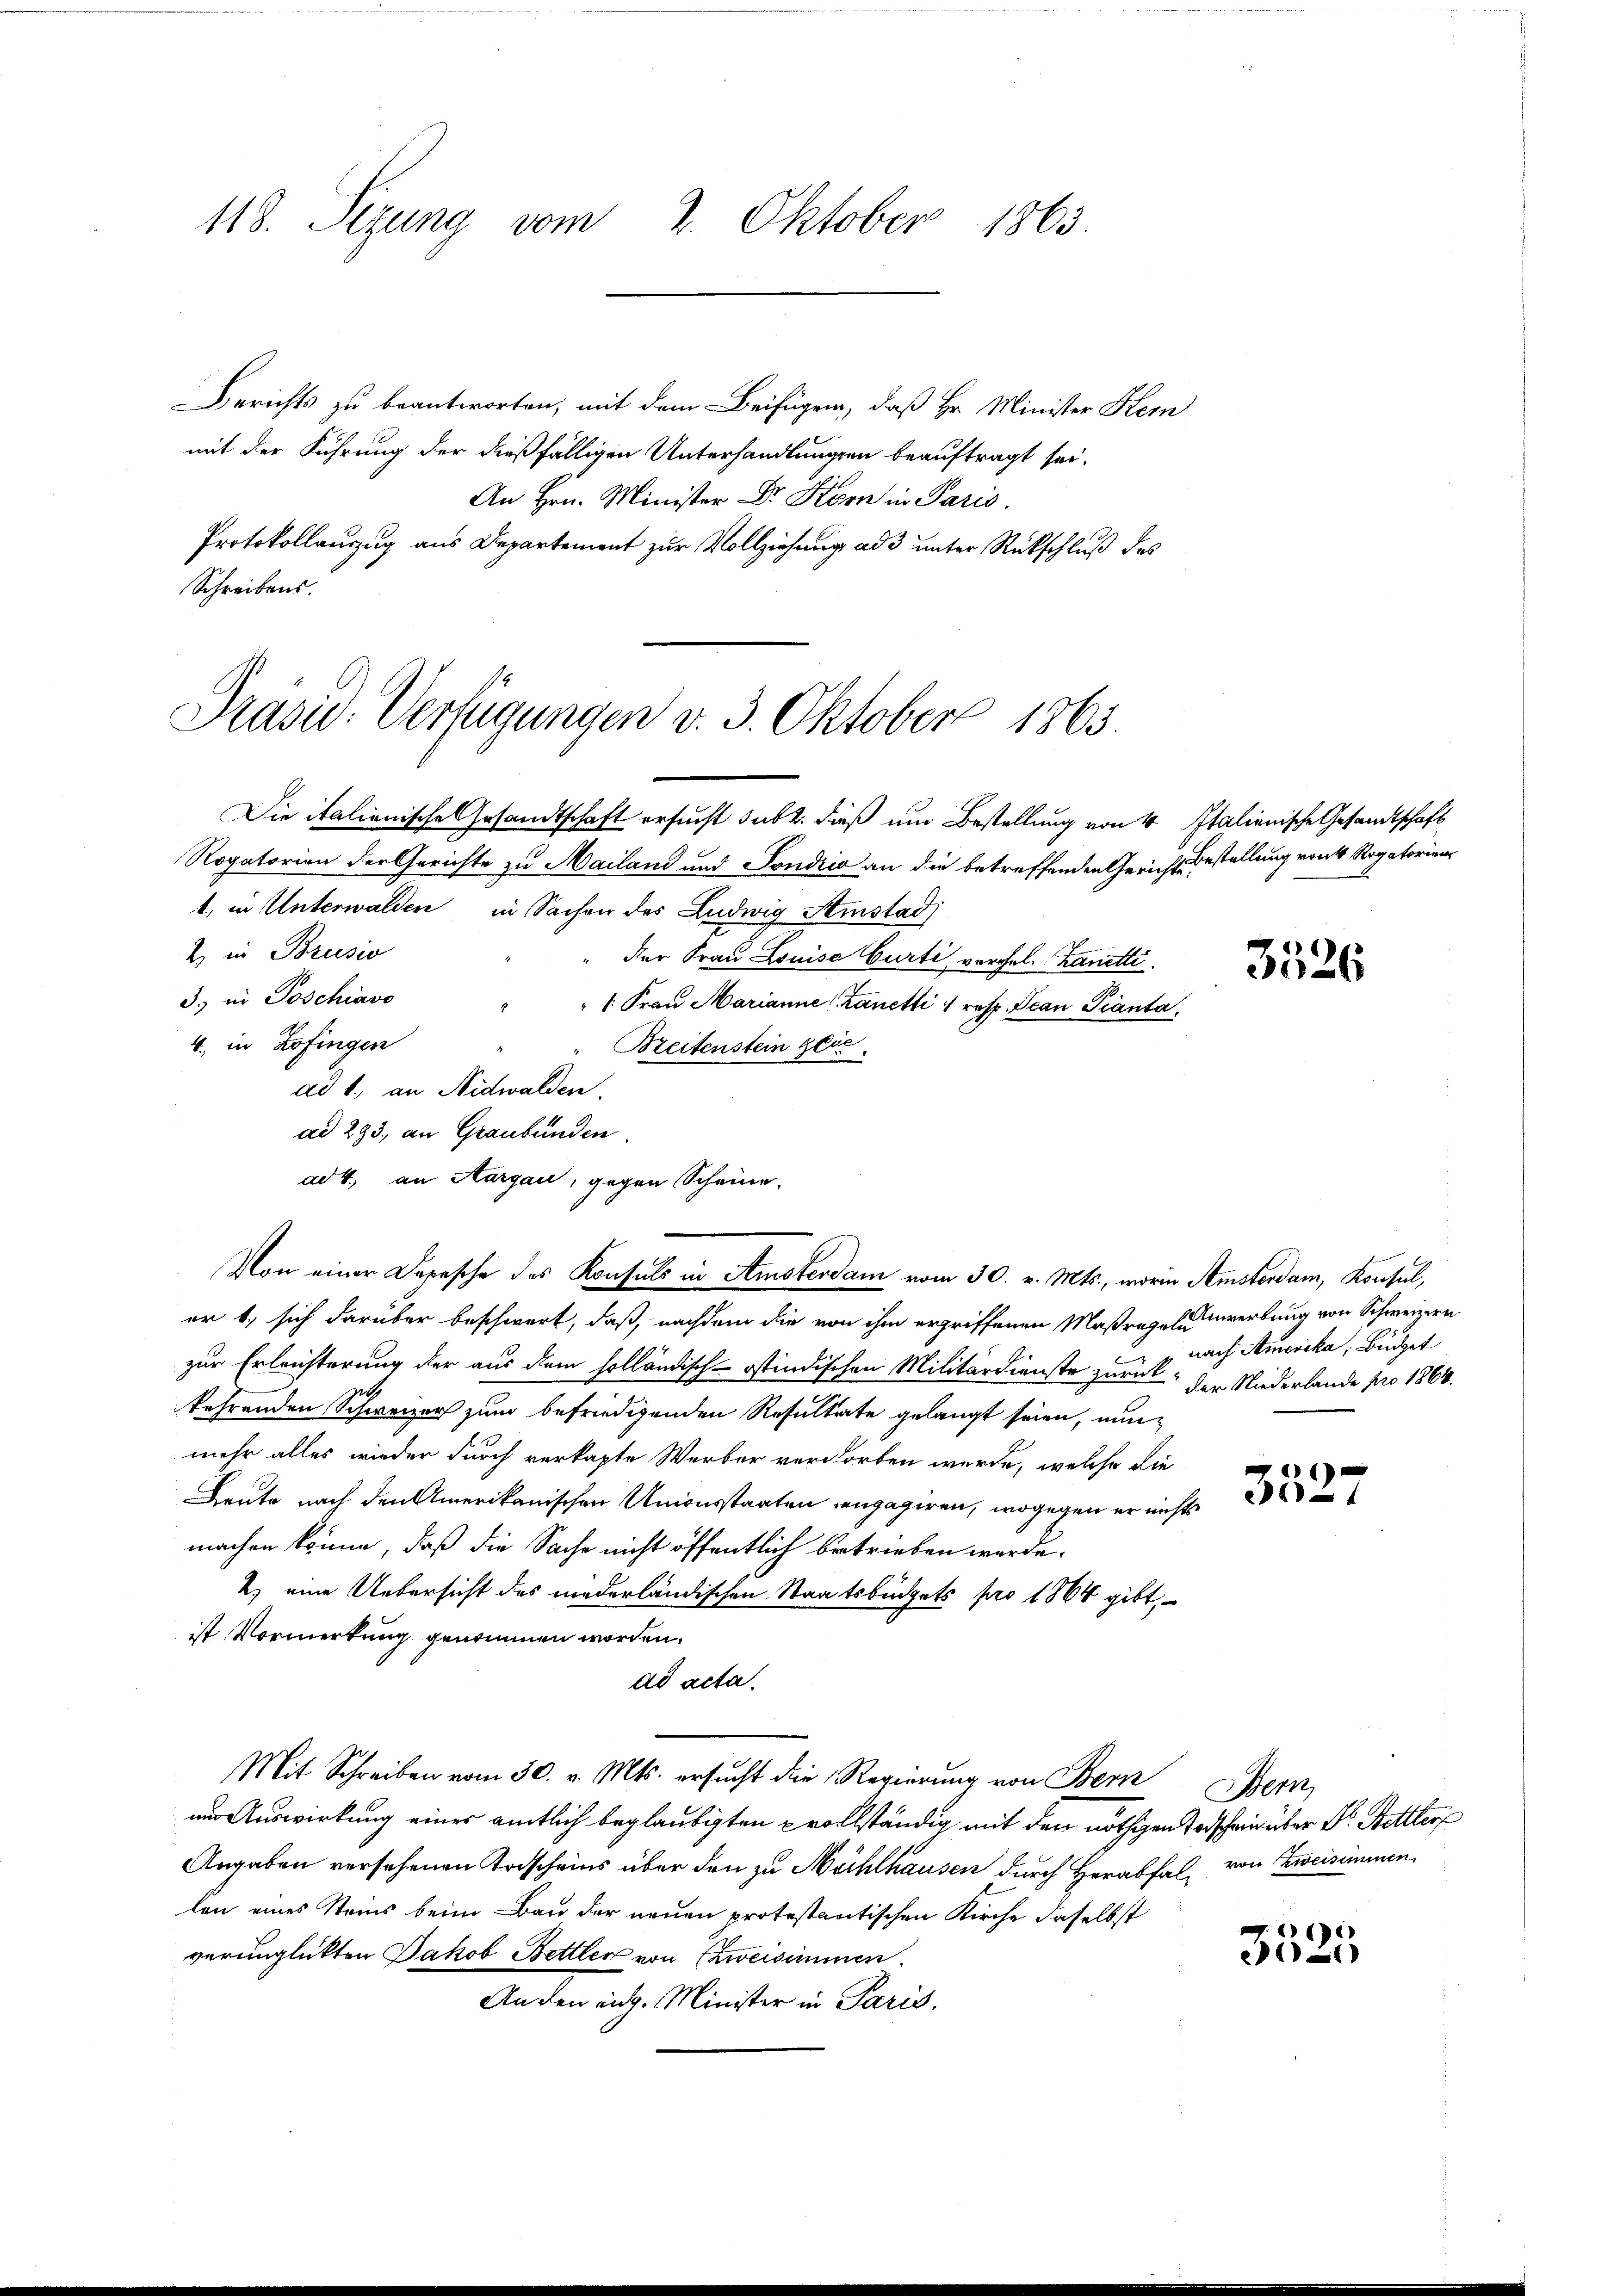
118. Sezung vom 2. Oktober 1863.

Berichts zu beantworten, mit dem Beifügen, daß Hr. Minister Kern
mit der Führung der dießfälligen Unterhandlungen beauftragt sei.
An Hrn. Minister Dr. Korn in Paris.
Protokollauzug aus Departement zur Vollziehung ad 3 unter Rückschluß des
Schreibens.

1
Präsid. Verfügungen v. 3. Oktober 1863.

Von einer Depesche des Konsuls in Amsterdam vom 30. v. Mts., worin Amsterdam, Konsul,

Die italienische Gesandtschaft ersucht sub 2. dieß um Bestellung von 4 Italienische Gesandtschaft
Rogatorien der Gerichte zu Mailand und Tondico an die betreffenden Gerichtsgestellung von Rogatorien
1., in Unterwalden in Sachen des Ludwig Amstad
2) in Brusio
der Frau Louise Curti vorgel. Kanetti
3.) in Poschiavo
" 1. Frau Marianne Zanetti resp. Jean Pianta,
4., in Zofingen
Breitenstein getr
ad 1., an Nidwalden.
ad 293, an Graubünden
ad 4. an Aargau, gegen Scheine.
or 1., sich darüber beschwert, daß, nachdem die von ihm ergriffenen Maßregeln werbung von Schweizern,
zur Erleichterung der aus dem holländisch-östindischen Militärdienste zurück, der Niederlande pro 1864.
kehrenden Schweizer zum befriedigenden Resultate gelangt seien, nunmehr alles wieder durch verkapte Werber verdorben wurde, welche die
Leute nach den Amerikanischen Unionsstaaten engagiren, wogegen er nicht
machen könne, daß die Sache nicht öffentlich betrieben werde.
2.) eine Uebersicht des niederländischen Staatsbüdgets pro 1864 gibt,
ist Vormerkung genommen worden.
ad acta.
Mit Schreiben vom 30. v. Mts. ersucht die Regierung von Bern
um Auswirkung eines amtlich beglaubigten prollständig mit den nöthigen Todschein über Dr. Bettters
Angaben versehenen Todscheins über den zu Mühlhausen durch Herabfal von Zweisimmen,
len eines Steins beim Bau der neuen protestantischen Kirche daselbst
verunglückten Jakob Bettler von zweisimmen.
Anden eidg. Minister in Paris.

t

3526

nach Amerika, Büdget

1
1

Bern

3525